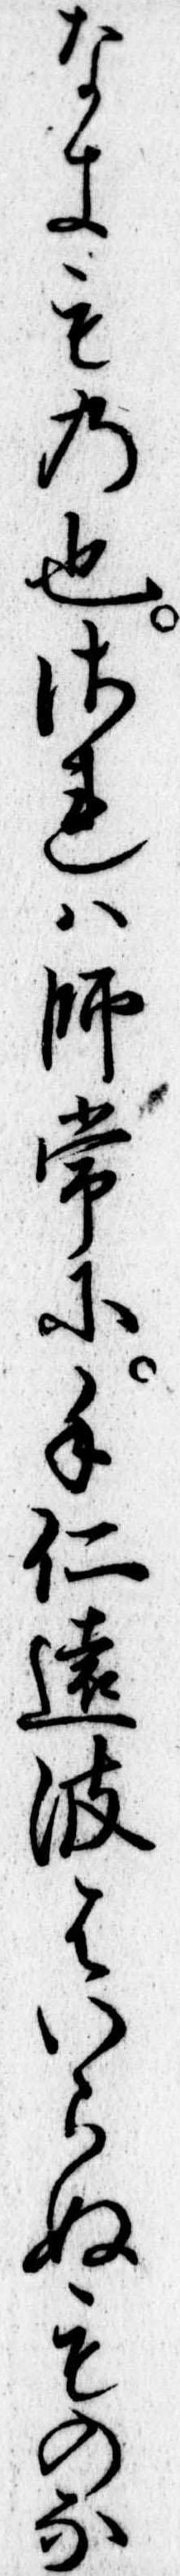
なきもの也されは師常に手仁遠波はいらぬものな